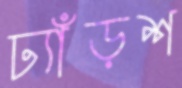
ঢ্যাঁড়শ